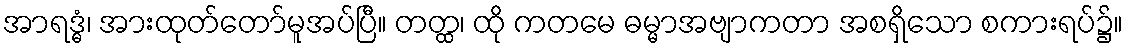
အာရဒ္ဓံ၊ အားထုတ်တော်မူအပ်ပြီ။ တတ္ထ၊ ထို ကတမေ ဓမ္မာအဗျာကတာ အစရှိသော စကားရပ်၌။